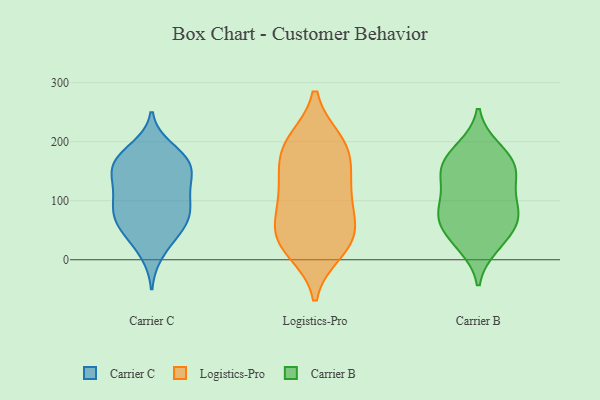
{"axis": {"x": "Budget (USD K)", "y": "Value"}, "legend": ["Carrier B", "Carrier C", "Logistics-Pro"], "data": [{"x": "", "y": 163, "type": "Carrier C"}, {"x": "", "y": 130, "type": "Carrier C"}, {"x": "", "y": 188, "type": "Carrier C"}, {"x": "", "y": 116, "type": "Carrier C"}, {"x": "", "y": 154, "type": "Carrier C"}, {"x": "", "y": 48, "type": "Carrier C"}, {"x": "", "y": 170, "type": "Carrier C"}, {"x": "", "y": 41, "type": "Carrier C"}, {"x": "", "y": 77, "type": "Carrier C"}, {"x": "", "y": 12, "type": "Carrier C"}, {"x": "", "y": 64, "type": "Carrier C"}, {"x": "", "y": 88, "type": "Carrier C"}, {"x": "", "y": 138, "type": "Carrier C"}, {"x": "", "y": 68, "type": "Carrier C"}, {"x": "", "y": 167, "type": "Carrier C"}, {"x": "", "y": 87, "type": "Carrier C"}, {"x": "", "y": 108, "type": "Carrier C"}, {"x": "", "y": 167, "type": "Carrier C"}, {"x": "", "y": 122, "type": "Logistics-Pro"}, {"x": "", "y": 197, "type": "Logistics-Pro"}, {"x": "", "y": 155, "type": "Logistics-Pro"}, {"x": "", "y": 172, "type": "Logistics-Pro"}, {"x": "", "y": 110, "type": "Logistics-Pro"}, {"x": "", "y": 16, "type": "Logistics-Pro"}, {"x": "", "y": 36, "type": "Logistics-Pro"}, {"x": "", "y": 194, "type": "Logistics-Pro"}, {"x": "", "y": 107, "type": "Logistics-Pro"}, {"x": "", "y": 71, "type": "Logistics-Pro"}, {"x": "", "y": 30, "type": "Logistics-Pro"}, {"x": "", "y": 34, "type": "Logistics-Pro"}, {"x": "", "y": 52, "type": "Logistics-Pro"}, {"x": "", "y": 200, "type": "Logistics-Pro"}, {"x": "", "y": 95, "type": "Carrier B"}, {"x": "", "y": 150, "type": "Carrier B"}, {"x": "", "y": 52, "type": "Carrier B"}, {"x": "", "y": 60, "type": "Carrier B"}, {"x": "", "y": 100, "type": "Carrier B"}, {"x": "", "y": 136, "type": "Carrier B"}, {"x": "", "y": 89, "type": "Carrier B"}, {"x": "", "y": 149, "type": "Carrier B"}, {"x": "", "y": 23, "type": "Carrier B"}, {"x": "", "y": 189, "type": "Carrier B"}, {"x": "", "y": 186, "type": "Carrier B"}, {"x": "", "y": 69, "type": "Carrier B"}, {"x": "", "y": 161, "type": "Carrier B"}, {"x": "", "y": 154, "type": "Carrier B"}, {"x": "", "y": 72, "type": "Carrier B"}, {"x": "", "y": 27, "type": "Carrier B"}]}